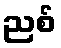
ညစ်